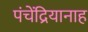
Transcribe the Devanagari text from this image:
पंचेंद्रियानाह